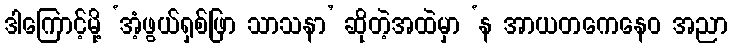
ဒါကြောင့်မို့ ‘အံ့ဖွယ်ရှစ်ဖြာ သာသနာ’ ဆိုတဲ့အထဲမှာ ‘န အာယတကေနေဝ အညာ